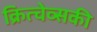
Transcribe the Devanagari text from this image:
क्रित्चेव्सकी